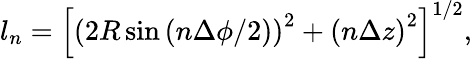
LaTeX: l_{n}=\left[\left(2R\sin\left(n\Delta\phi/2\right)\right)^{2}+\left(n\Delta z\right)^{2}\right]^{1/2},